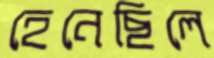
হেনেছিলে